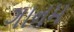
ગાનમ